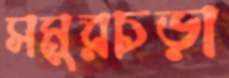
সমুরচড়া